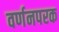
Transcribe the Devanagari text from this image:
वर्णनपरक